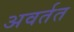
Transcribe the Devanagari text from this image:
अवर्तत